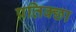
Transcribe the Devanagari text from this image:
प्रतिक्छा